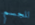
للجسم